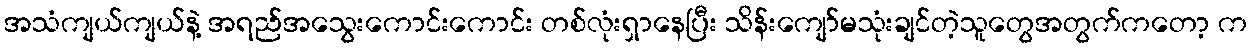
အသံကျယ်ကျယ်နဲ့ အရည်အသွေးကောင်းကောင်း တစ်လုံးရှာနေပြီး သိန်းကျော်မသုံးချင်တဲ့သူတွေအတွက်ကတော့ က